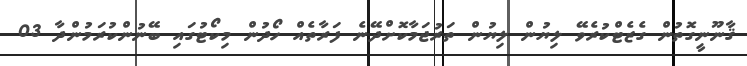
ޤާނޫނީގޮތުން ގެޒެޓްކުރެވޭ ލިޔުން ލިޔުން ތަރުޖަމާކޮށްދޭނެ ފަރާތެއް ހޯދުން މިކޯޓުގައި ބޭނުންކުރަމުންދާ 03